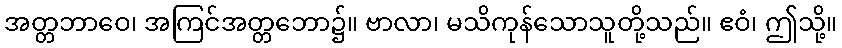
အတ္တဘာဝေ၊ အကြင်အတ္တဘော၌။ ဗာလာ၊ မသိကုန်သောသူတို့သည်။ ဧဝံ၊ ဤသို့။